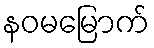
နဝမမြောက်